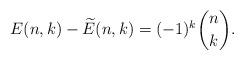
LaTeX: \begin{align*}E(n,k)-\widetilde{E}(n,k)=(-1)^k\binom{n}{k}.\end{align*}